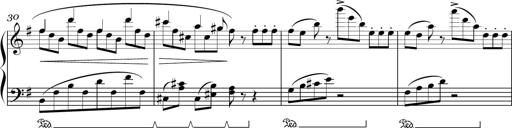
Title: Sonatina in E minor
Composer: Shuwen Zhang
Key: E minor